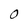
Character: O